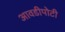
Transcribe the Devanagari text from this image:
आवडीपोटी